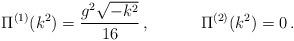
LaTeX: \begin{align*} \Pi^{(1)}(k^{2}) = \frac{g^{2}\sqrt{-k^{2}}}{16} \, , \;\;\;\;\;\;\;\;\;\;\; \Pi^{(2)}(k^{2}) = 0 \, .\end{align*}